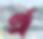
প্র